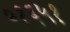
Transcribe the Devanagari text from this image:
०१६५१